Report of the Bombay Veterinary College
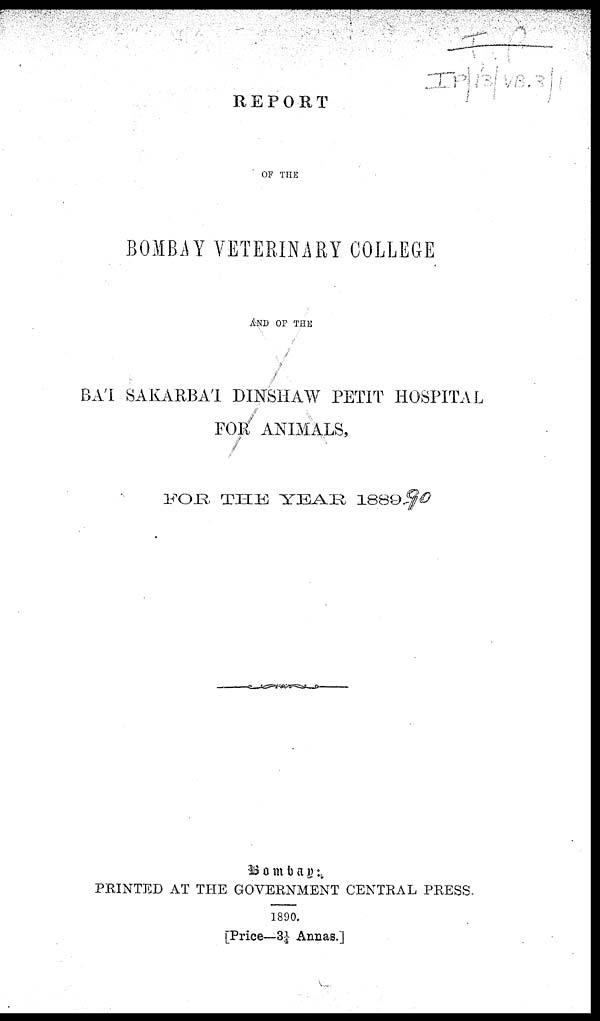
REPORT
OF THE
BOMBAY VETERINARY COLLEGE
AND OF THE
BA΄I SAKARBA΄I DINSHAW PETIT HOSPITAL
FOR ANIMALS,
FOR THE
YEAR
1889-90
Bombay :
PRINTED AT THE GOVERNMENT CENTRAL PRESS.
1890.
[Price—3¼ Annas.]